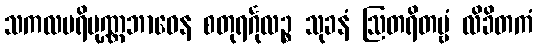
သကလပရိပုဏ္ဏဘာဝေန စတုရင်္ဂုလဉ္စ သုခနံ ဩတရိတဗ္ဗံ လိခိတကံ